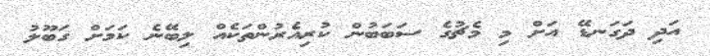
އަދި ދަގަނޑޭ އަށް މި މެޗުގެ ސަބަބުން ކުރިއެރުންތަކެއް ލިބޭނެ ކަމަށް ގަބޫލު